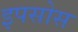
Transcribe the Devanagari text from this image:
इपसोस